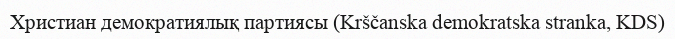
Христиан демократиялық партиясы (Krščanska demokratska stranka, KDS)